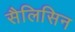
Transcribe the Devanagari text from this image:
सैलिसिन